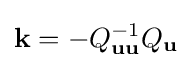
\mathbf {k} =-Q_{\mathbf {u} \mathbf {u} }^{-1}Q_{\mathbf {u} }